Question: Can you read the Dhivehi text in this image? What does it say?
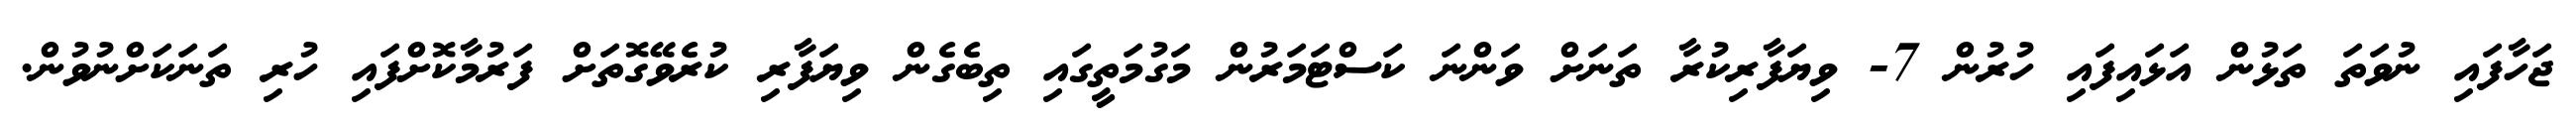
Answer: ޖަހާފައި ނުވަތަ ތަޅުން އަޅައިފައި ހުރުން 7- ވިޔަފާރިކުރާ ތަނަށް ވަންނަ ކަސްޓަމަރުން މަގުމަތީގައި ތިބެގެން ވިޔަފާރި ކުރެވޭގޮތަށް ފަރުމާކޮށްފައި ހުރި ތަނަކަށްނުވުން.